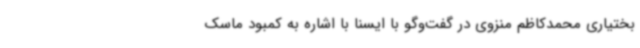
بختیاری محمدکاظم منزوی در گفت‌وگو با ایسنا با اشاره به کمبود ماسک